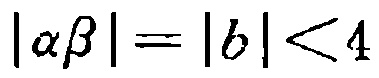
\(|\alpha\beta| = |b| < 4\)